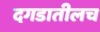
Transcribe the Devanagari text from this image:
दगडातीलच